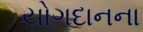
યોગદાનના